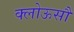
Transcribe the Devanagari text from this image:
क्लोऊसौ